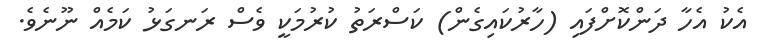
އެކު އެހާ ދަންކޮށްފައި (ހާރުކައިގެން) ކަސްރަތު ކުރުމަކީ ވެސް ރަނގަޅު ކަމެއް ނޫނެވެ.